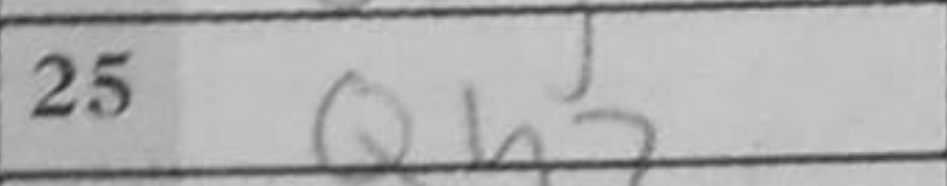
Transcription: Qh7